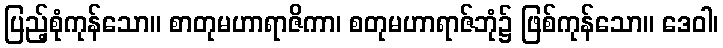
ပြည့်စုံကုန်သော။ စာတုမဟာရာဇိကာ၊ စတုမဟာရာဇ်ဘုံ၌ ဖြစ်ကုန်သော။ ဒေဝါ၊